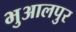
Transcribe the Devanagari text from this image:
भुआलपुर